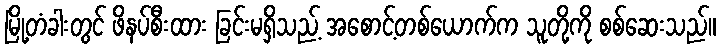
မြို့တံခါးတွင် ဖိနပ်စီးထား ခြင်းမရှိသည့် အစောင့်တစ်ယောက်က သူတို့ကို စစ်ဆေးသည်။